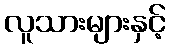
လူသားများနှင့်